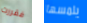
فقررت يلمسها